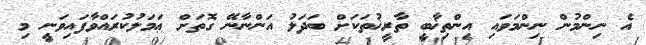
އެ ނިންމުން ނިންމަވައި އިންތިޚާބީ ތާރީޚުތަކަށް ބަދަލު އަންނާނޭ ގޮތަށް ޢަމަލުކުރައްވާފައިވަނީ މި